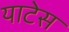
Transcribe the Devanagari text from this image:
याटेस